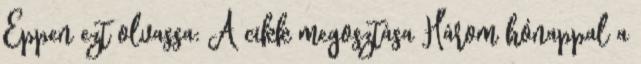
Éppen ezt olvassa: A cikk megosztása Három hónappal a